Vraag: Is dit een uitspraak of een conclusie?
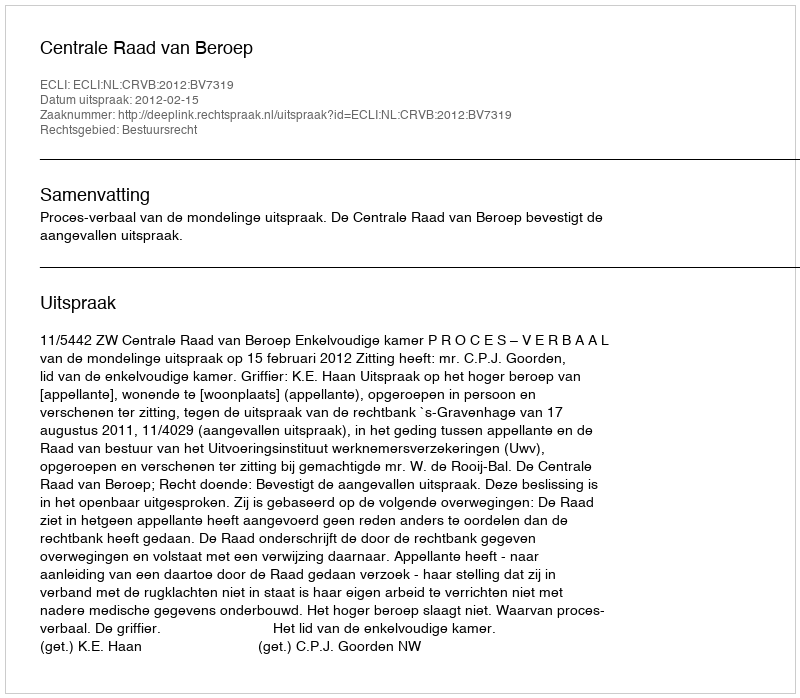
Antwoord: Uitspraak